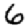
Digit: 6